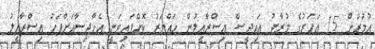
އުމުރުން 15 އަހަރުގެ މުރާދު އައިދީސް އިސްރާއީލުން ހައްޔަރު ކޮށްފައިވަނީ އެހާދިސާއަށްފަހު އިސްރާއީލު